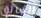
العائق